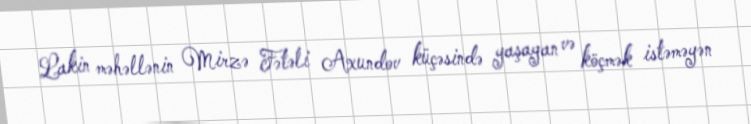
Lakin məhəllənin Mirzə Fətəli Axundov küçəsində yaşayan və köçmək istəməyən